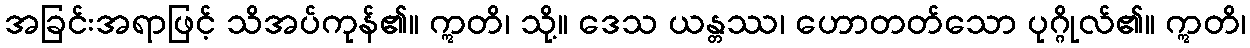
အခြင်းအရာဖြင့် သိအပ်ကုန်၏။ ဣတိ၊ သို့။ ဒေသ ယန္တဿ၊ ဟောတတ်သော ပုဂ္ဂိုလ်၏။ ဣတိ၊